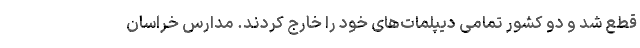
قطع شد و دو کشور تمامی دیپلمات‌های خود را خارج کردند. مدارس خراسان